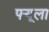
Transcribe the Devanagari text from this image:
फ्यूला